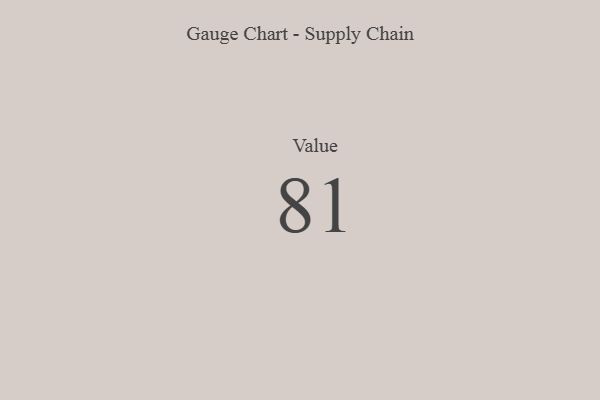
{"axis": {"x": "Metric", "y": "Value"}, "legend": [""], "data": [{"x": "Value", "y": 81, "type": ""}]}